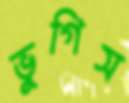
ভুগিস